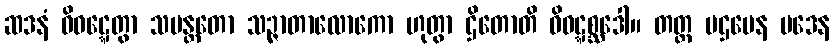
ဆဒနံ ဝိဝဋ္ဋေတွာ သမန္တတော သဉ္ဇာတာလောကော ဟုတွာ ဌိတောတိ ဝိဝဋ္ဋစ္ဆဒေါ။ တတ္ထ ပဌမေန ပဒေန